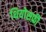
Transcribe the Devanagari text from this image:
थियोसफ़ी